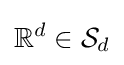
\mathbb {R} ^{d}\in {\mathcal {S}}_{d}